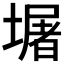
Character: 𭏴